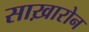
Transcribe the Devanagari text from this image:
साख़ारोन